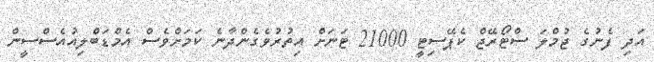
އަދި ފެނުގެ ޖުމްލަ ސްޓޯރޭޖް ކެޕޭސިޓީ 21000 ޓަނަށް އިތުރުވެގެންދާނެ ކަމަށްވެސް އެމްޑަބްލިއުއެސްސީން